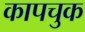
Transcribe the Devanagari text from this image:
कापचुक